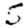
Digit: 5